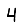
Digit: 4